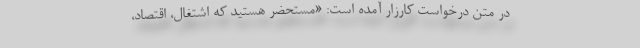
در متن درخواست کارزار آمده است: «مستحضر هستید که اشتغال، اقتصاد،